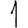
Digit: 1